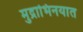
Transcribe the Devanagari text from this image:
मुद्राभिनयात